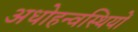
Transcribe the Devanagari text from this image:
अधोहन्वस्थियों